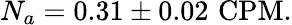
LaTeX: N_{a}=0.31\pm 0.02\, \, \mathrm{CPM}.